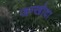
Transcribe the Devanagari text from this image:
जन्खोदा